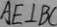
A E \bot B C